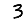
Digit: 3